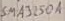
Text: SMA3250A